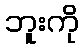
ဘူးကို